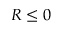
R \le 0